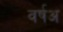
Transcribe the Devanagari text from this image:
वर्षअ